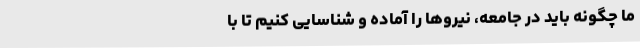
ما چگونه‌ باید در جامعه‌، نیروها را آماده‌ و شناسایی‌ کنیم‌ تا با